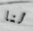
لنا